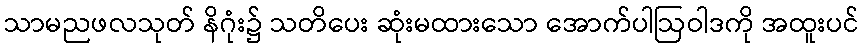
သာမညဖလသုတ် နိဂုံး၌ သတိပေး ဆုံးမထားသော အောက်ပါဩဝါဒကို အထူးပင်